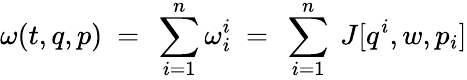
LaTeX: \omega(t,q,p)\ =\ \sum_{i=1}^{n}\omega_{i}^{i}\ =\ \sum_{i=1}^{n}\ J[q^{i},w,p_{i}]